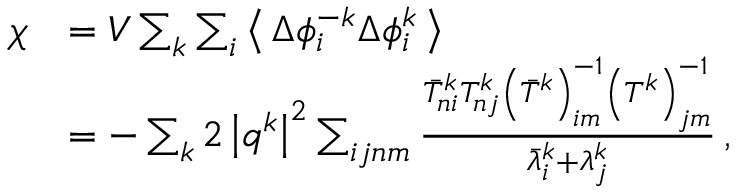
\begin{array} { r l } { \chi } & { = V \sum _ { k } \sum _ { i } \left\langle \, \Delta \phi _ { i } ^ { - k } \Delta \phi _ { i } ^ { k } \, \right\rangle } \\ & { = - \sum _ { k } 2 \left\vert \boldsymbol { q } ^ { k } \right\vert ^ { 2 } \sum _ { i j n m } \frac { \bar { T } _ { n i } ^ { k } T _ { n j } ^ { k } \left( \bar { T } ^ { k } \right) _ { i m } ^ { - 1 } \left( T ^ { k } \right) _ { j m } ^ { - 1 } } { \bar { \lambda } _ { i } ^ { k } + \lambda _ { j } ^ { k } } \, , } \end{array}